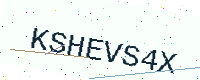
Text: KSHEVS4X